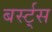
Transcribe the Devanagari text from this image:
बर्स्ट्‌स